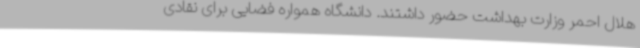
هلال احمر وزارت بهداشت حضور داشتند. دانشگاه همواره فضایی برای نقادی